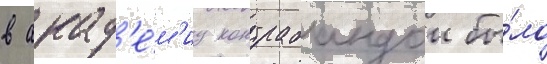
в акад'е́м'иу контрабандои бы́ло